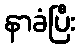
နာခံပြီး